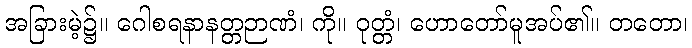
အခြားမဲ့၌။ ဂေါစရနာနတ္တဉာဏံ၊ ကို။ ဝုတ္တံ၊ ဟောတော်မူအပ်၏။ တတော၊